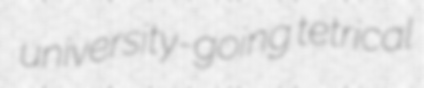
university-going tetrical